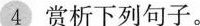
4 赏析下列句子。